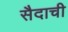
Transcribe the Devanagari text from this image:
सैदाची